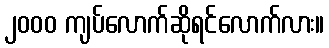
၂၀၀၀ ကျပ်လောက်ဆိုရင်လောက်လား။